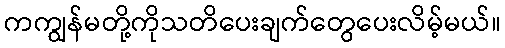
ကကျွန်မတို့ကိုသတိပေးချက်တွေပေးလိမ့်မယ်။